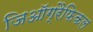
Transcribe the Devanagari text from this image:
जिऑग्रैफिकल